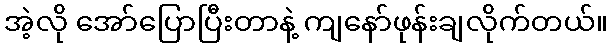
အဲ့လို အော်ပြောပြီးတာနဲ့ ကျနော်ဖုန်းချလိုက်တယ်။